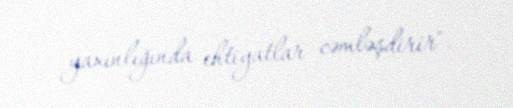
yaxınlığında ehtiyatlar cəmləşdirir".